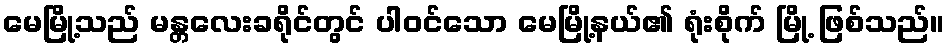
မေမြို့သည် မန္တလေးခရိုင်တွင် ပါဝင်သော မေမြို့နယ်၏ ရုံးစိုက် မြို့ ဖြစ်သည်။